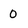
Character: 0